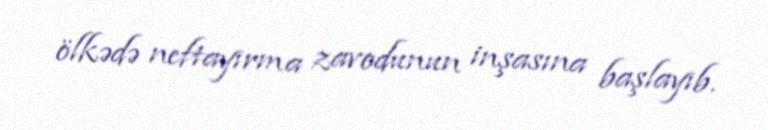
ölkədə neftayırma zavodunun inşasına başlayıb.